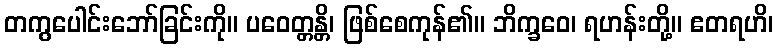
တကွပေါင်းဘော်ခြင်းကို။ ပဝေတ္တန္တိ၊ ဖြစ်စေကုန်၏။ ဘိက္ခဝေ၊ ရဟန်းတို့။ ဧတရဟိ၊